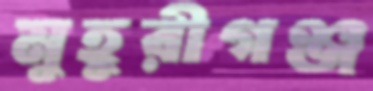
মুহুরীগঞ্জ